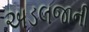
અડલજાની